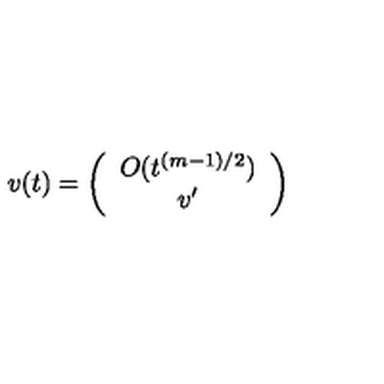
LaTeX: v ( t ) = \left( \begin{array} { c } { O ( t ^ { ( m - 1 ) / 2 } ) } \\ { v ^ { \prime } } \\ \end{array} \right)